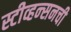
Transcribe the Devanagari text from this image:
स्टीव्हन्‍सनची